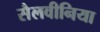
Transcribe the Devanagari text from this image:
सैलवीनिया